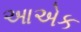
આએક